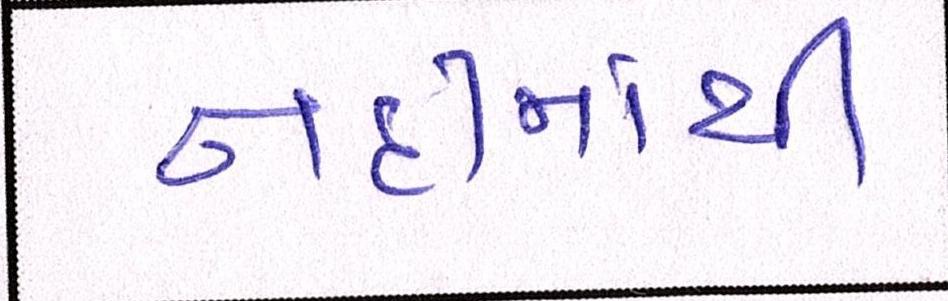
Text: નદીમાંથી